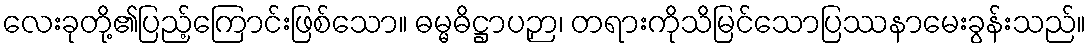
လေးခုတို့၏ပြည့်ကြောင်းဖြစ်သော။ ဓမ္မဓိဋ္ဌာပဉှာ၊ တရားကိုသိမြင်သောပြဿနာမေးခွန်းသည်။